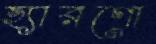
হ্যারগো